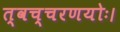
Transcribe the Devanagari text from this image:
त्वच्चरणयोः।